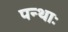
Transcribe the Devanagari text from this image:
पन्थाः